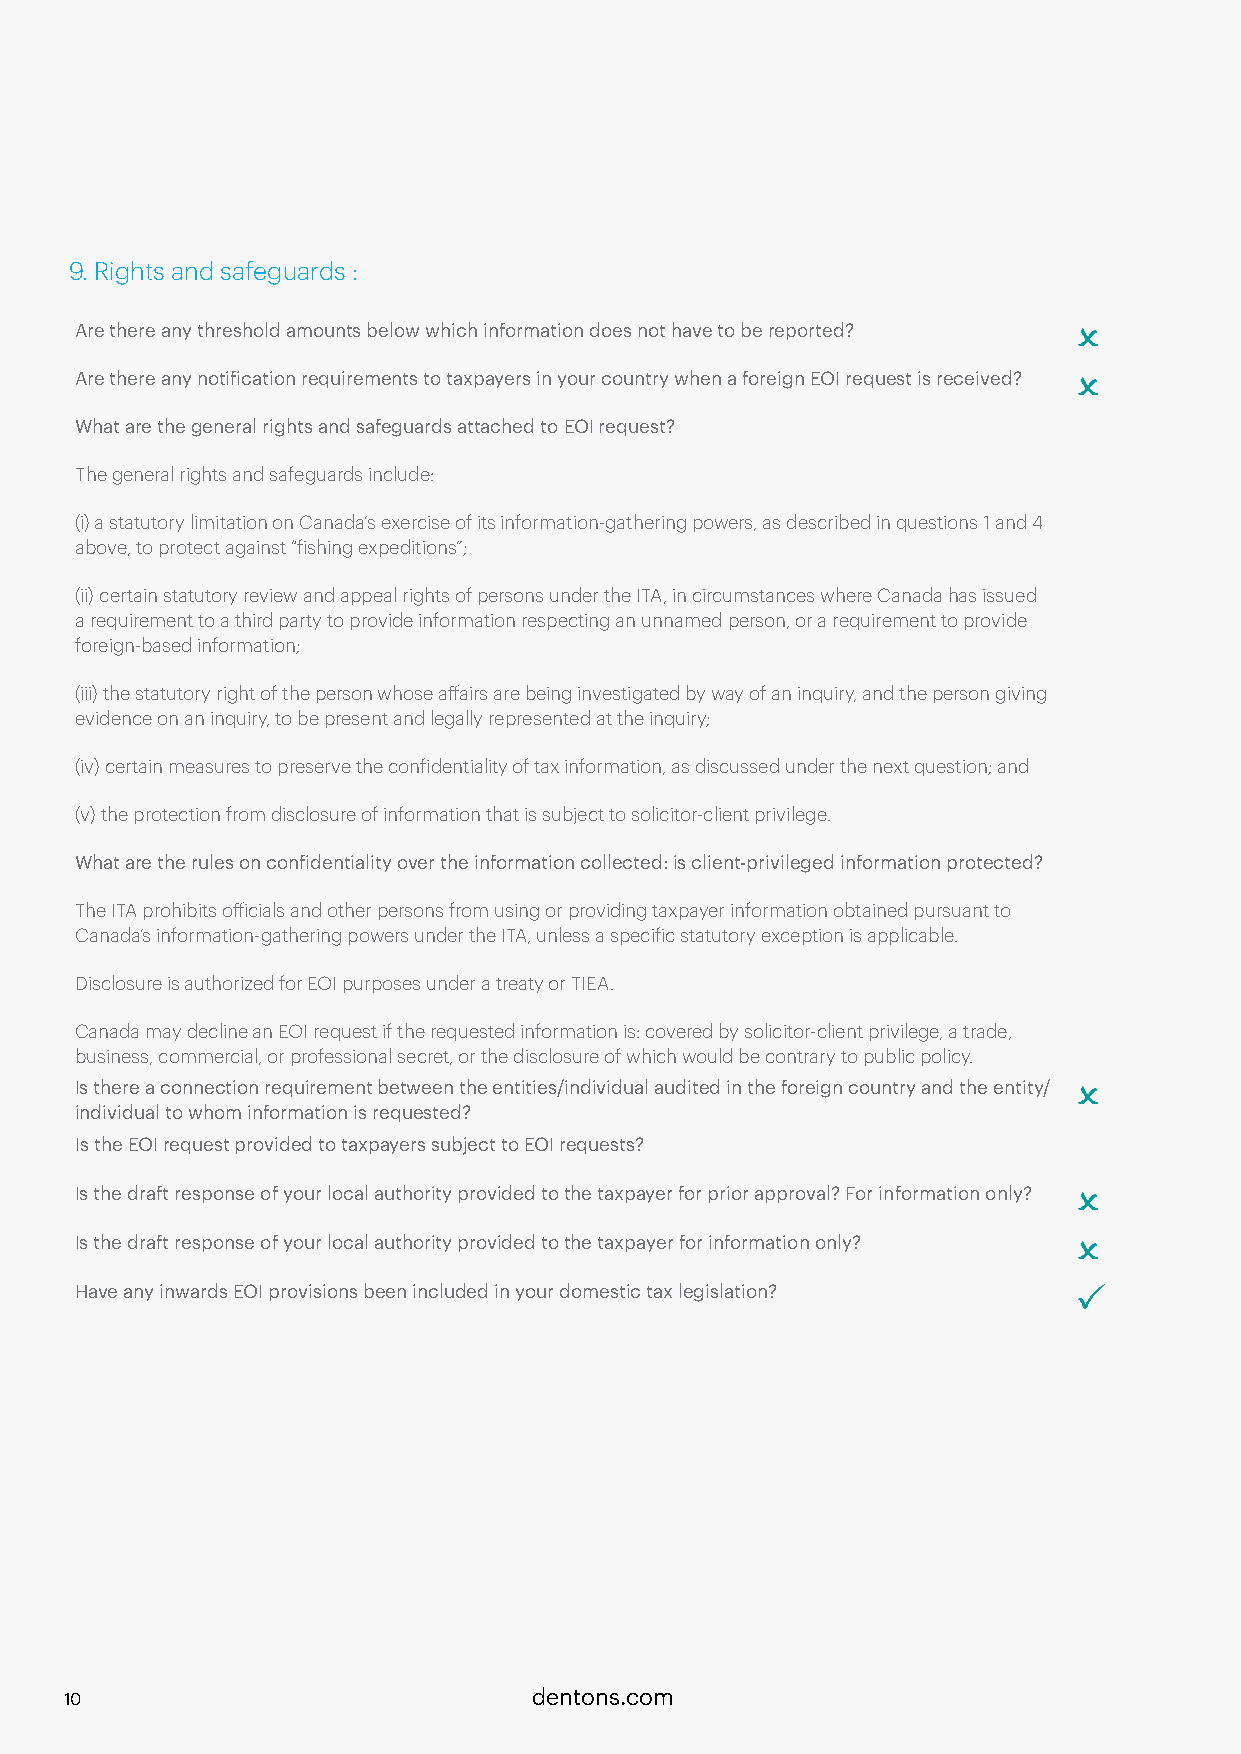
9. Rights and safeguards :
 Are there any threshold amounts below which information does not have to be reported? O
 Are there any notification requirements to taxpayers in your country when a foreign EOI request is received? O
 What are the general rights and safeguards attached to EOI request?
 The general rights and safeguards include:
 (i) a statutory limitation on Canada’s exercise of its information-gathering powers, as described in questions 1 and 4
 above, to protect against “fishing expeditions”;
 (ii) certain statutory review and appeal rights of persons under the ITA, in circumstances where Canada has issued
 a requirement to a third party to provide information respecting an unnamed person, or a requirement to provide
 foreign-based information;
 (iii) the statutory right of the person whose affairs are being investigated by way of an inquiry, and the person giving
 evidence on an inquiry, to be present and legally represented at the inquiry;
 (iv) certain measures to preserve the confidentiality of tax information, as discussed under the next question; and
 (v) the protection from disclosure of information that is subject to solicitor-client privilege.
 What are the rules on confidentiality over the information collected: is client-privileged information protected?
 The ITA prohibits officials and other persons from using or providing taxpayer information obtained pursuant to
 Canada’s information-gathering powers under the ITA, unless a specific statutory exception is applicable.
 Disclosure is authorized for EOI purposes under a treaty or TIEA.
 Canada may decline an EOI request if the requested information is: covered by solicitor-client privilege, a trade,
 business, commercial, or professional secret, or the disclosure of which would be contrary to public policy.
 Is there a connection requirement between the entities/individual audited in the foreign country and the entity/ O
 individual to whom information is requested?
 Is the EOI request provided to taxpayers subject to EOI requests?
 Is the draft response of your local authority provided to the taxpayer for prior approval? For information only? O
 Is the draft response of your local authority provided to the taxpayer for information only? O
 Have any inwards EOI provisions been included in your domestic tax legislation? P
 10                             dentons.com